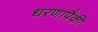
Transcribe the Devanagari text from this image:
धरणापैकी